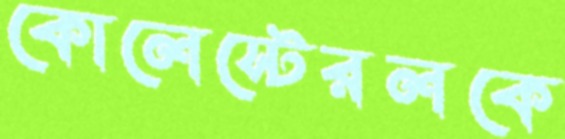
কোলেস্টেরলকে